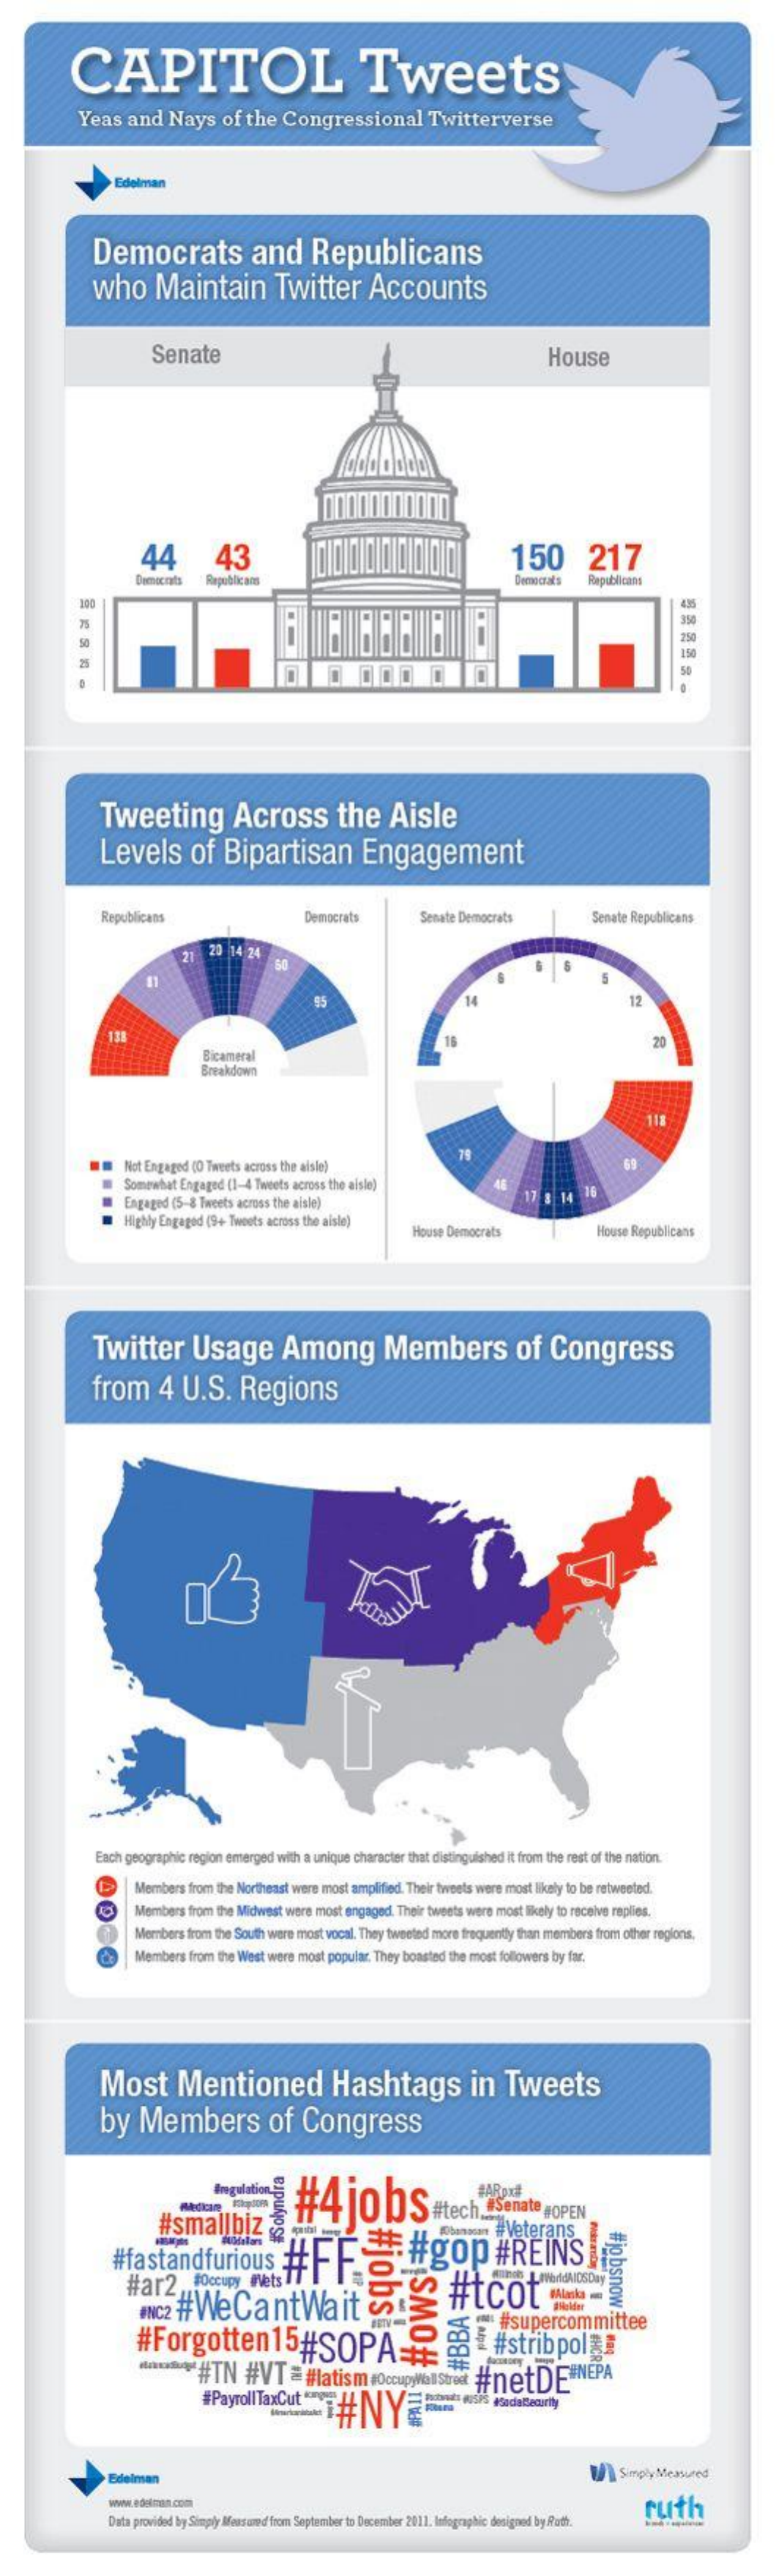
CAPITOL    Tweets
     Yeas   and   Nays    of the   Congressional    Twitterverse
     Edelman
     Democrats    and    Republicans
     who    Maintain    Twitter    Accounts
     Senate    House
     44    43    150    217
     Democrats  Republicans    Republicans
     350
     250
     150
     0   000    0    50
     Tweeting    Across    the    Aisle
     Levels    of    Bipartisan    Engagement
     Republicans    Democrats    Senate Democrats    Senate Republicans
     21  20 14 24
     12
     138
     Bicameral
     20
     Breakdown
     118
     Not Engaged (O Tweets across the aisle)    69
     Somewhat Engaged (1-4 Tweets across the aisle)
     Engaged (5-8 Tweets across the aisle)
     16
     Highly Engaged (9+ Tweets across the aisle)
     House Democrats    House Republicans
     Twitter    Usage    Among    Members    of    Congress
     from    4  U.S.    Regions
     Each geographic region emerged with a unique character that distinguished it from the rest of the nation.
     Members  from the Northeast were most amplified. Their tweets were most likely to be retweeted.
     Members from the Midwest were most engaged. Their tweets were most likely to receive replies.
     Members from the South were most vocal. They tweeted more frequently than members from other regions.
     Members from the West were most popular. They boasted the most followers by far.
     Most    Mentioned    Hashtags    in   Tweets
     by    Members    of    Congress
     Ingulation
     #4jobs    #tech    2Senate  PopEN Medican Hotos
     #ARox#
     #smallbiz    Veterans
     #fastandfurious    #FF    #gop    #REINS    g
     #ar2    #Occupy  Wets T
     #Nc2 #WeCantWait    &    #tcot
     #Forgotten15#SOPA=    @
     #supercommittee
     a  { #strib    pol  !!
     #TN    #VT    =#latism    OccupywallStreet #netDEINEPA
     #PayrollTaxCut    #NY
     Edelman    W/ \Simply Measured
     ruth
     Data provided by Simply Mous und boom September to [    dosignod by Ratt.